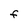
Character: F